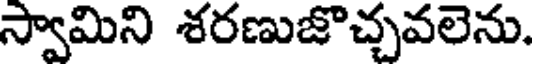
స్వామిని శరణుజొచ్చవలెను.